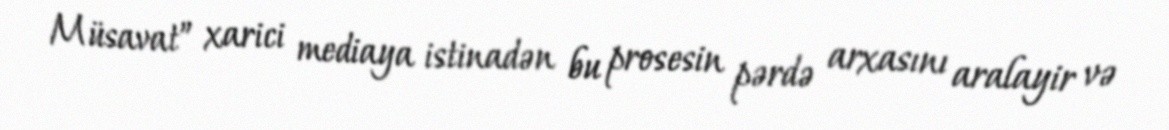
Müsavat” xarici mediaya istinadən bu prosesin pərdə arxasını aralayir və